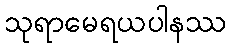
သုရာမေရယပါနဿ